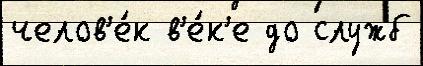
челов'е́к в'е́к'е до служб